Annual report of the Punjab Veterinary College and of the Civil Veterinary Department, Punjab - 1926-1932
Year: 1926
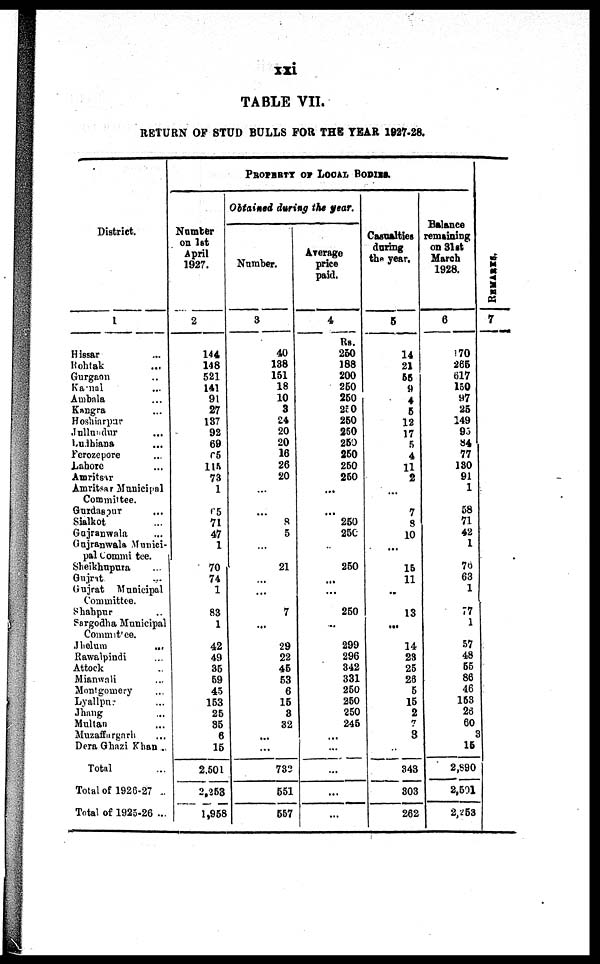
xxi
TABLE VII.
RETURN OF STUD BULLS FOR THE YEAR 1927-28.
District.
1
Hissar ...
Rohtak ...
Gurgaon ...
Karnal ...
Ambala ...
Kangra ...
Hoshiarpur
Jullundur ...
Ludhiana ...
Ferozepore ...
Lahore ...
Amritsar
Amritsar Municipal
Committee.
Gurdaspur ...
Sialkot ...
Gujranwala ...
Gujranwala Munici-
pal Committee.
Sheikhupura ...
Gujrat ...
Gujrat Municipal
Committee.
Shahpur ...
Sargodha Municipal
Committee.
Jhelum ...
Rawalpindi ...
Attock ...
Mianwali ...
Montgomery ...
Lyallpur ...
Jhang ...
Multan ...
Muzaffargarh ...
Dera Ghazi Khan ...
Total ...
Total of 1926-27 ..
Total of 1925-26 ...
PROPERTY OF LOCAL BODIES.
Number
on 1st
April
1927.
2
144
148
521
141
91
27
137
92
69
65
115
73
1
65
71
47
1
70
74
1
83
1
42
49
35
59
45
153
25
35
6
15
2,501
2,253
1,958
Obtained during the year.
Number.
3
40
138
151
18
10
3
24
20
20
16
26
20
...
...
8
5
...
21
...
...
7
...
29
22
45
53
6
15
3
32
...
...
732
551
557
Average
price
paid.
4
Rs.
250
188
200
250
250
250
250
250
250
250
250
250
...
...
250
250
...
250
...
...
250
..
299
296
342
331
250
250
250
245
...
...
...
...
...
Casualties
during
the year.
5
14
21
55
9
4
5
12
17
5
4
11
2
...
7
8
10
...
15
11
..
13
...
14
23
25
26
5
15
2
7
3
343
303
262
Balance
remaining
on 31st
March
1928.
6
170
265
617
150
97
25
149
95
84
77
130
91
1
58
71
42
1
78
63
1
77
1
57
48
55
86
46
153
26
60
3
15
2,890
2,501
2,253
REMARKS.
7